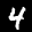
Label: 4